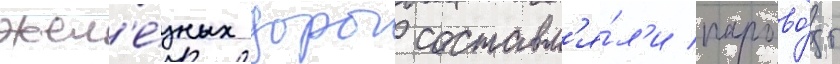
жел'е́зных дорог составл'я́л'и парово́зы